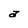
Character: a